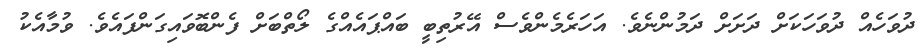
ދުވަހެއް ދުވަހަކަށް ދަށަށް ދަމުންނެވެ. އަހަރެމެންވެސް އޭރުތިބީ ބައްޕައެއްގެ ލޯތްބަށް ފެންބޮވައިގަންފައެވެ. ވުމާއެކު